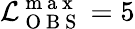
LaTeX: \mathcal{L}_{\mathrm{{~O~B~S~}}}^{\mathrm{{~m~a~x~}}}=5